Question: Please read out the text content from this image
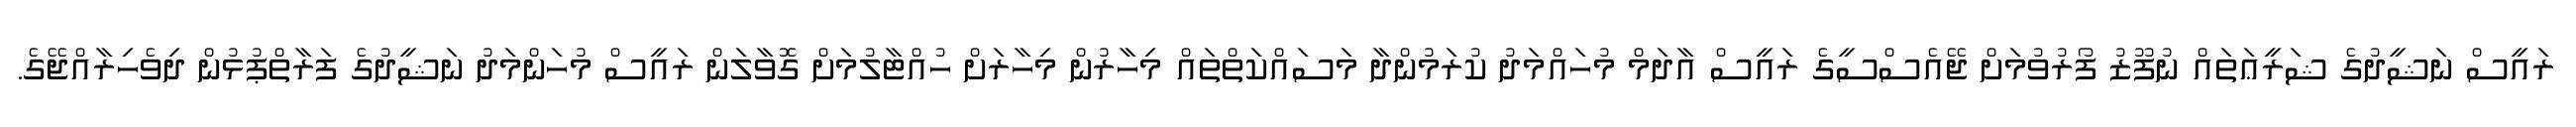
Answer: ރައީސް ނަޝީދުގެ ޝަރީޢަތައް ނުފޫޒު ފޯރުވުމަށް ޖޭއެސްސީގެ ރައީސް އާދަމް މުހައްމަދު ކުރަމުންދާ މަސައްކަތްތައް މިހާރުން މިހާރަށް ހުއްޓާލުމަށް ގޮވާލަން ރައީސް މުހަންމަދު ނަޝީދުގެ ފަރާތްޕުޅުން ދިވެހިރާއްޖޭގެ.